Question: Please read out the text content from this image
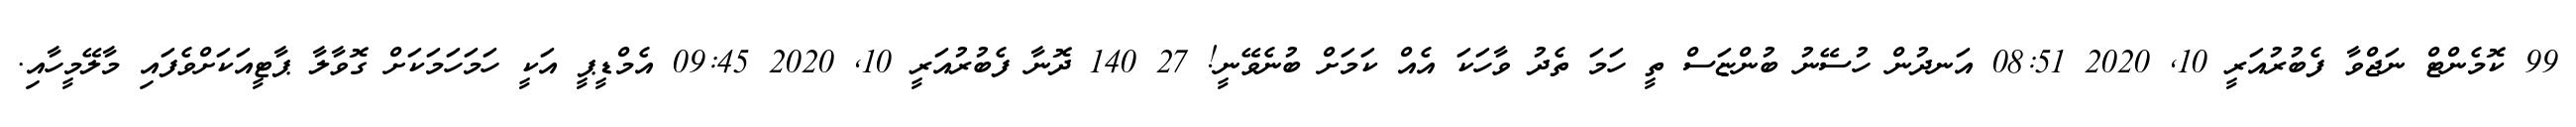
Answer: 99 ކޮމެންޓް ނަޖްވާ ފެބުރުއަރީ 10, 2020 08:51 އަނދުން ހުސޭނު ބުންޏަސް ތީ ހަމަ ތެދު ވާހަކަ އެއް ކަމަށް ބުނެވޭނީ! 27 140 ދޮނާ ފެބުރުއަރީ 10, 2020 09:45 އެމްޑީޕީ އަކީ ހަމަހަމަކަށް ގޮވާލާ ޕާޓީއަކަށްވެފައި މާލޭމީހާއި.